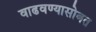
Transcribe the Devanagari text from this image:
वाढवण्यासोबत